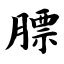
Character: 膘